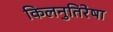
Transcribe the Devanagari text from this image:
किलनुतिरेषा